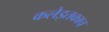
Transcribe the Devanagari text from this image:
कलेइतकाच